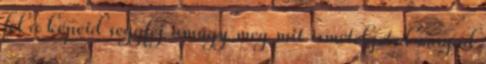
fel a képeid seggfej amúgy meg mit ismételgeted magad